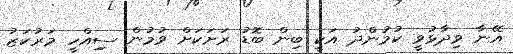
އޭނާ ވިދާޅުވީ ކުމުންދު އަކީ ބިން ބޮޑު ރަށަކަށް ވުމުން ސިިއްހީ މަރުކަޒު